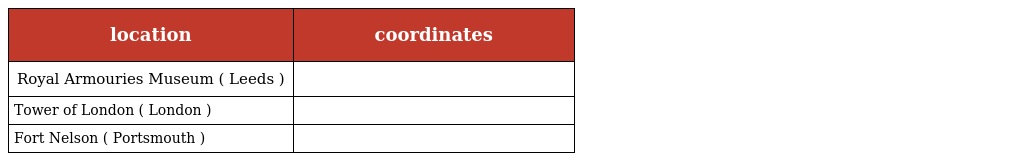
| location | coordinates |
 | --- | --- |
 | Royal Armouries Museum ( Leeds ) |  |
 | Tower of London ( London ) |  |
 | Fort Nelson ( Portsmouth ) |  |